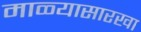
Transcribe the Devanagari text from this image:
माळ्यासारखा